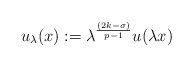
\begin{align*}u_{\lambda}(x) := \lambda^{\frac{(2k - \sigma)}{{p-1}}}u(\lambda x)\end{align*}